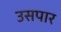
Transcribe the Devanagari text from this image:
उसपार